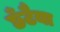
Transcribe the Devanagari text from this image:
छँटैया